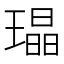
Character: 𤩜